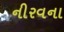
નીરવના